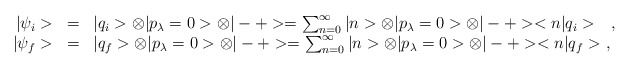
\begin{align*}\begin{array}{r c l}|\psi_i>&=&|q_i>\otimes|p_\lambda=0>\otimes|-+>=\sum_{n=0}^\infty|n>\otimes|p_\lambda=0>\otimes|-+><n|q_i>\ \ \ ,\\|\psi_f>&=&|q_f>\otimes|p_\lambda=0>\otimes|-+>=\sum_{n=0}^\infty|n>\otimes|p_\lambda=0>\otimes|-+><n|q_f>\ ,\end{array}\end{align*}